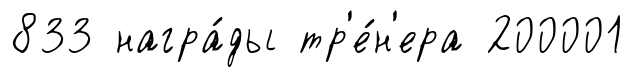
833 награ́ды тр'е́н'ера 200001